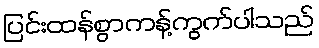
ပြင်းထန်စွာကန့်ကွက်ပါသည်